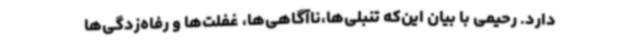
دارد. رحیمی با بیان این‌که تنبلی‌ها،ناآگاهی‌ها، غفلت‌ها و رفاه‌زدگی‌ها